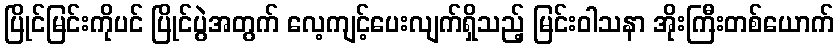
ပြိုင်မြင်းကိုပင် ပြိုင်ပွဲအတွက် လေ့ကျင့်ပေးလျက်ရှိသည့် မြင်းဝါသနာ အိုးကြီးတစ်ယောက်